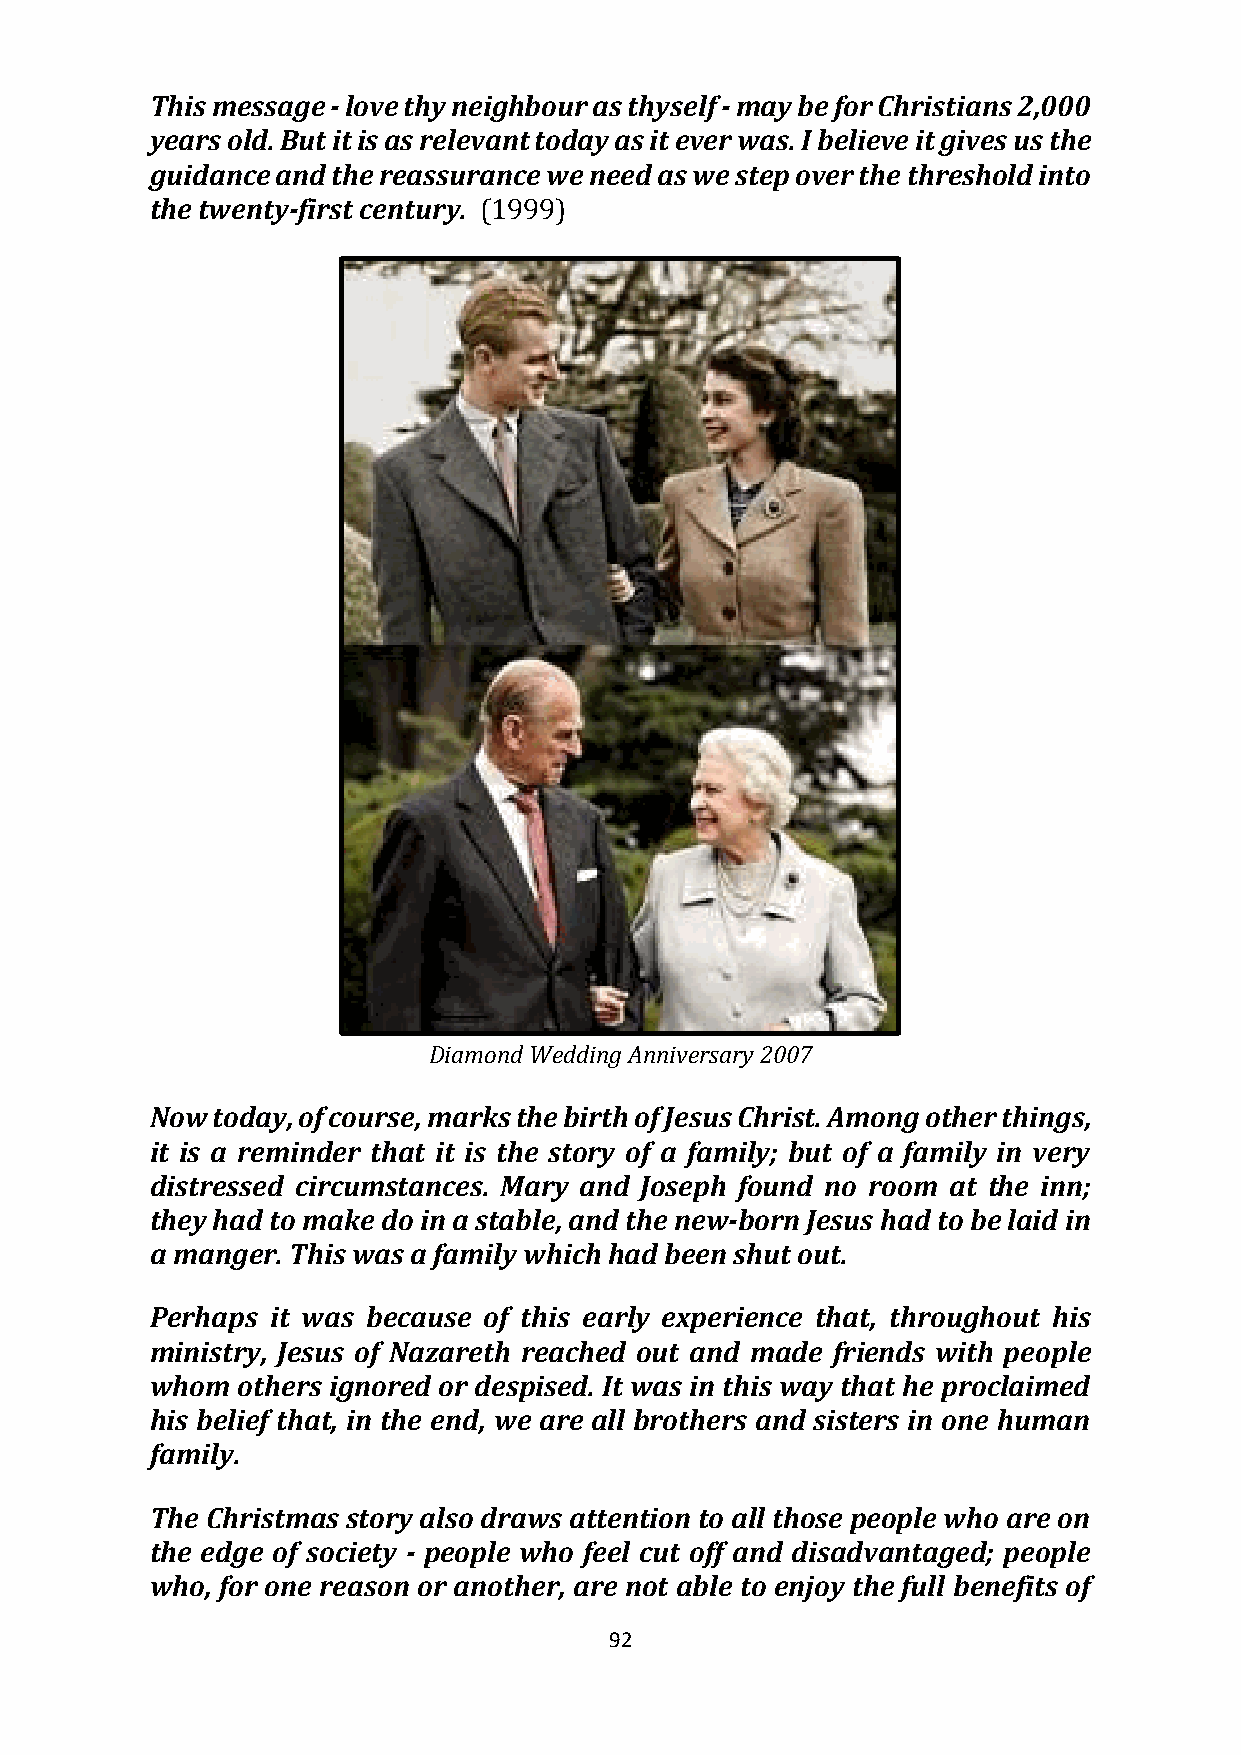
This message - love thy neighbour as thyself - may be for Christians 2,000
 years old. But it is as relevant today as it ever was. I believe it gives us the
 guidance and the reassurance we need as we step over the threshold into
 the twenty-first century. (1999)
 Diamond Wedding Anniversary 2007
 Now today, of course, marks the birth of Jesus Christ. Among other things,
 it is a reminder that it is the story of a family; but of a family in very
 distressed circumstances. Mary and Joseph found no room at the inn;
 they had to make do in a stable, and the new-born Jesus had to be laid in
 a manger. This was a family which had been shut out.
 Perhaps it was because of this early experience that, throughout his
 ministry, Jesus of Nazareth reached out and made friends with people
 whom  others ignored or despised. It was in this way that he proclaimed
 his belief that, in the end, we are all brothers and sisters in one human
 family.
 The Christmas story also draws attention to all those people who are on
 the edge of society - people who feel cut off and disadvantaged; people
 who, for one reason or another, are not able to enjoy the full benefits of
 92